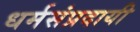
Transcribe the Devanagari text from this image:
धर्मसंप्रदायी